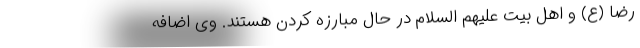
رضا (ع) و اهل بیت علیهم السلام در حال مبارزه کردن هستند. وی اضافه